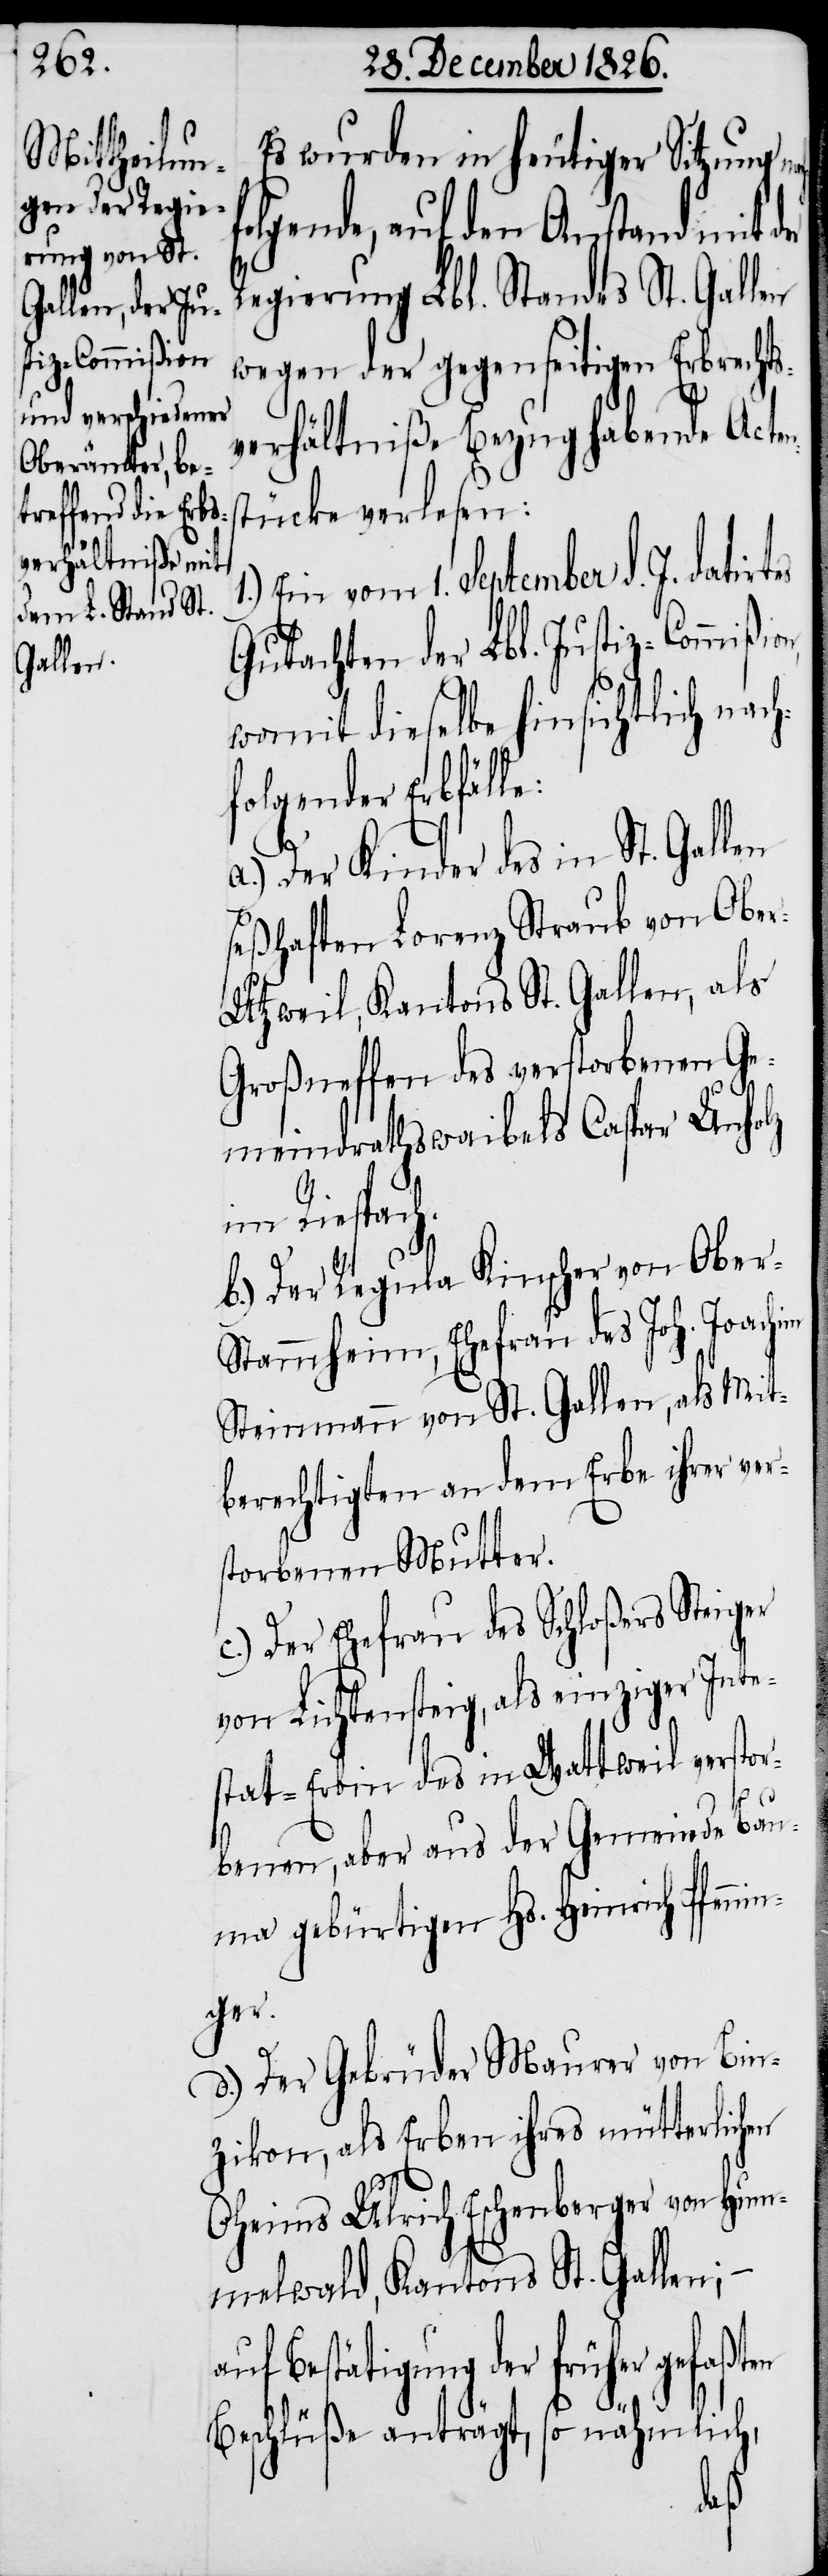
Es wurden in heutiger Sitzung n¬
olgende, auf den Anstand mit
Regierung Lbl. Standes St. Gallen
wegen der gegenseitigen Erbrechtsv¬
erhältniße Bezughabende Acte¬
ücke verlesen:
Ein vom 1. September d. J. datirt¬
Gutachten der Lbl. Justiz-Commi¬
womit dieselbe hinsichtlich nach¬
folgender Erbfälle:
a.) Der Kinder des in St. Gallen
seßhaften Lorenz Straub von Obe¬
r-Utzweil, Kantons St. Gallen, als
Großneffen des verstorbenen Ge¬
meindrathswaibels Caspar Unholz
Riespach.
b.) Der Regula Kinscher von Ober-S¬
tammheim, Ehefrau des Joh. Joachim
Steinmann von St. Gallen, als Mit¬
berechtigten an dem Erbe ihrer ver¬
storbenen Mutter.
c.) Der Ehefrau des Schloßers Steiger
von Lichtensteig, als einziger Inte¬
stat-Erbin des in Wattweil verstor¬
benen, aber aus der Gemeinde Ba¬
uma gebürtigen Hs. Heinrich Pfennin¬
ger.
d.) Der Gebrüder Maurer von Bin¬
zikon, als Erben ihres mütterlichen
Oheims Ulrich Eschenberger von Hum¬
melwald, Kantons St. Gallen; –
auf Bestätigung der früher gefaßten
f¬
Beschlüße anträgt, so nähmlich
ßion